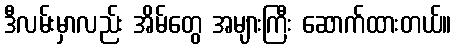
ဒီလမ်းမှာလည်း အိမ်တွေ အများကြီး ဆောက်ထားတယ်။